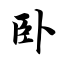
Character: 卧